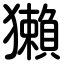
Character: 獺